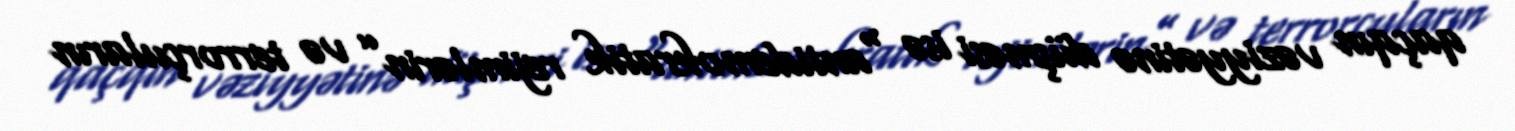
qaçqın vəziyyətinə düşməsi isə “antidemokratik rejimlərin” və terrorçuların